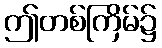
ဤတစ်ကြိမ်၌